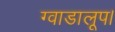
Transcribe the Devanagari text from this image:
ग्वाडालूप।